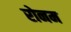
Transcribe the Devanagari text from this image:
रोनम